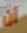
أن